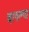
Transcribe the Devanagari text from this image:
चागल्या